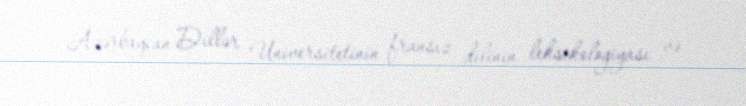
Azərbaycan Dillər Universitetinin fransız dilinin leksikologiyası və